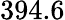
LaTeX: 394.6